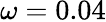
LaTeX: \omega=0.04